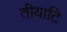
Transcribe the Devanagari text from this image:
तीयाटि